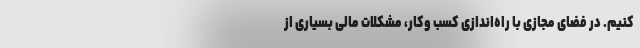
کنیم. در فضای مجازی با راه‌اندازی کسب وکار، مشکلات مالی بسیاری از